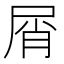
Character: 屑